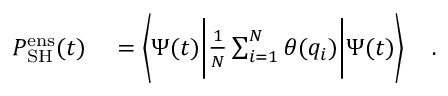
\begin{array} { r l } { P _ { \mathrm { S H } } ^ { \mathrm { e n s } } ( t ) } & { { } = \left\langle \Psi ( t ) \bigg \vert \frac { 1 } { N } \sum _ { i = 1 } ^ { N } \theta ( q _ { i } ) \bigg \vert \Psi ( t ) \right\rangle \quad . } \end{array}